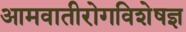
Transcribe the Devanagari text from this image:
आमवातीरोगविशेषज्ञ